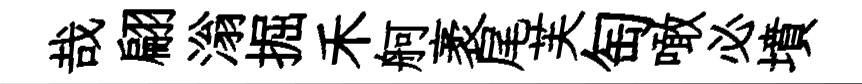
哉翩滃掘禾舸袤尾芙匋噉必墳